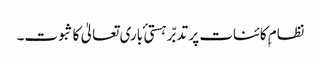
نظام ِکائنات پر تدبّر ہستی ٔ باری تعالیٰ کا ثبوت۔